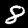
Digit: 8